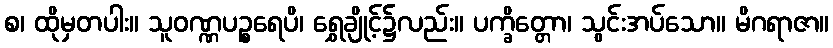
စ၊ ထိုမှတပါး။ သူဝဏ္ဏပဉ္စရေပိ၊ ရွှေချိုင့်၌လည်း။ ပက္ခိတ္တော၊ သွင်းအပ်သော။ မိဂရာဇာ။